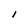
Character: l